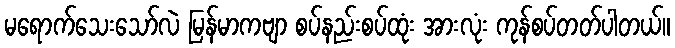
မရောက်သေးသော်လဲ မြန်မာကဗျာ စပ်နည်းစပ်ထုံး အားလုံး ကုန်စပ်တတ်ပါတယ်။